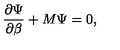
\frac { \partial \Psi } { \partial \beta } + M \Psi = 0 ,